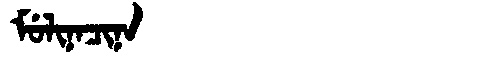
Manchu: ᠮᡠᠯᡳᠨᠠᠴᡳᠨᠠ
Romanization: MULINACINA